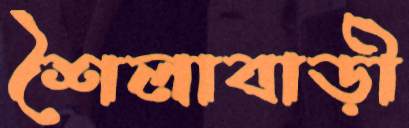
শৈলাবাড়ী